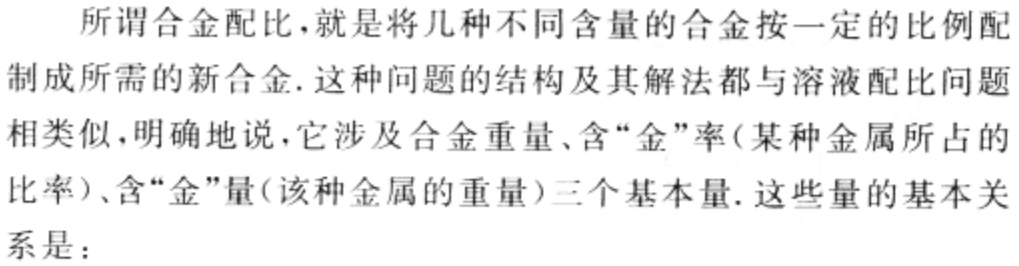
所谓合金配比，就是将几种不同含量的合金按一定的比例配制成所需的新合金. 这种问题的结构及其解法都与溶液配比问题相类似，明确地说，它涉及合金重量、含“金”率(某种金属所占的比率)、含“金”量(该种金属的重量)三个基本量. 这些量的基本关系是：